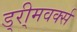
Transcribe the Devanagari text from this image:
ड्री्मवर्क्स